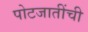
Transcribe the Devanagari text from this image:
पोटजातींची